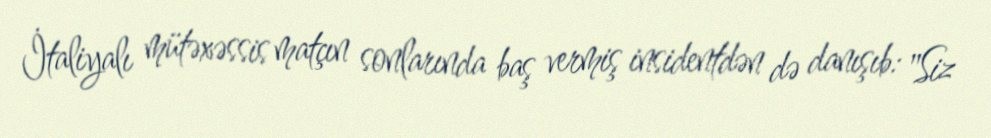
İtaliyalı mütəxəssis matçın sonlarında baş vermiş insidentdən də danışıb: "Siz